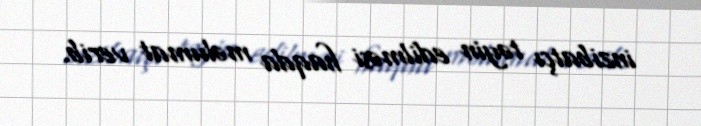
inzibatçı təyin edilməsi haqda məlumat verib.